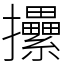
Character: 𢺢